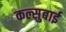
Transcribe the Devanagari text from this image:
कल्सुबाई